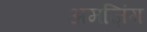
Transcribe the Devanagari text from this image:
अमज़िंग